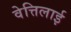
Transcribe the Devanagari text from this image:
वेत्तिलाई